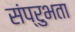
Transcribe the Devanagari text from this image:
संप्रुभता